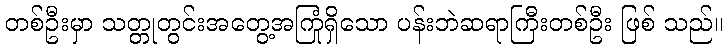
တစ်ဦးမှာ သတ္တုတွင်းအတွေ့အကြုံရှိသော ပန်းဘဲဆရာကြီးတစ်ဦး ဖြစ် သည်။